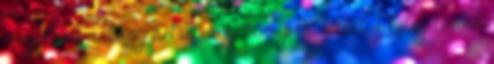
megelőző néhány hétre vagy hónapra. Ezért a beteg térben